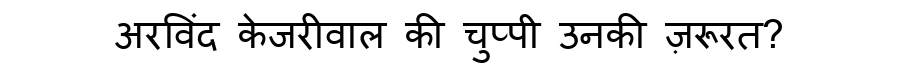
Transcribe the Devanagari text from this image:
अरविंद केजरीवाल की चुप्पी उनकी ज़रूरत?